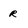
Character: r